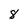
Character: 8